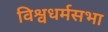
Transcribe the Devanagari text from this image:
विश्वधर्मसभा